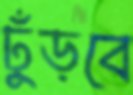
ঢুঁড়বে